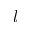
l